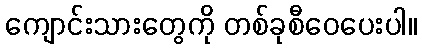
ကျောင်းသားတွေကို တစ်ခုစီဝေပေးပါ။